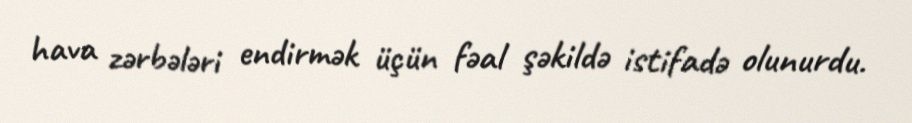
hava zərbələri endirmək üçün fəal şəkildə istifadə olunurdu.